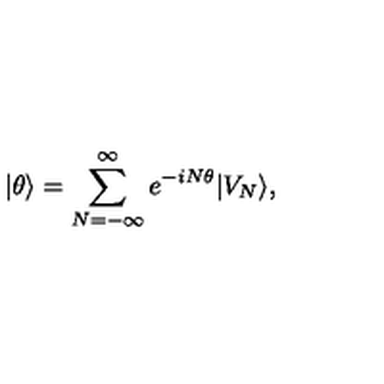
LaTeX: | \theta \rangle = \sum _ { N = - \infty } ^ { \infty } e ^ { - i N \theta } | V _ { N } \rangle ,